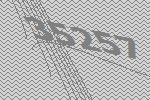
35257